Medical and sanitary report of the native army of Madras for the year
Year: 1878
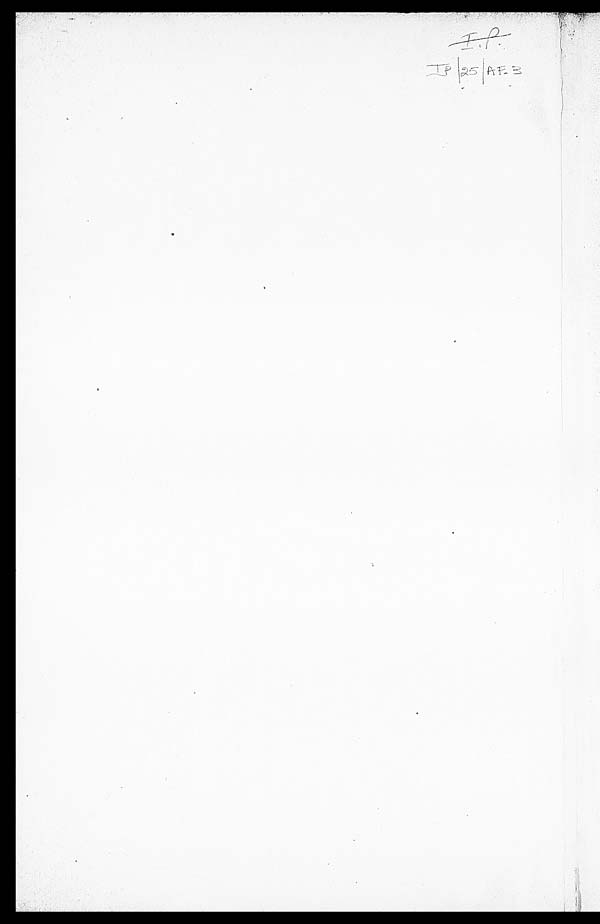
I.P.
I P / 25/ AF. 3